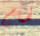
لحمام